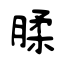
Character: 腬